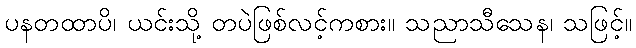
ပနတထာပိ၊ ယင်းသို့ တပဲဖြစ်လင့်ကစား။ သညာသီသေန၊ သဖြင့်။